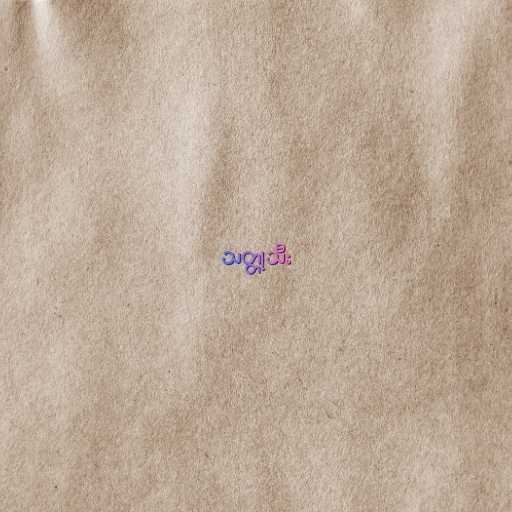
သတ္တုသီး